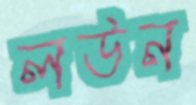
লউন